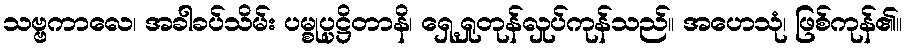
သဗ္ဗကာလေ၊ အခါခပ်သိမ်း ပမ္စုပ္ပဋ္ဌိတာနိ၊ ရှေ့ရှုတုန်လှုပ်ကုန်သည်။ အဟေသုံ၊ ဖြစ်ကုန်၏။